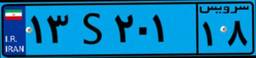
۳۳S۵۵۱۱۸